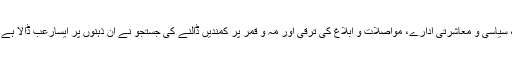
مغرب کی ظاہری ترقی، بلند و بالا عمارات، سیاسی و معاشرتی ادارے، مواصلات و ابلاغ کی ترقی اور مہ و قمر پر کمندیں ڈالنے کی جستجو نے ان ذہنوں پر ایسارعب ڈالا ہے کہ وہ تہذیب مغرب کے دلدادہ نظر آتے ہیں۔